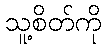
သူ့စိတ်ကို